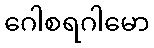
ဂေါစရဂါမော